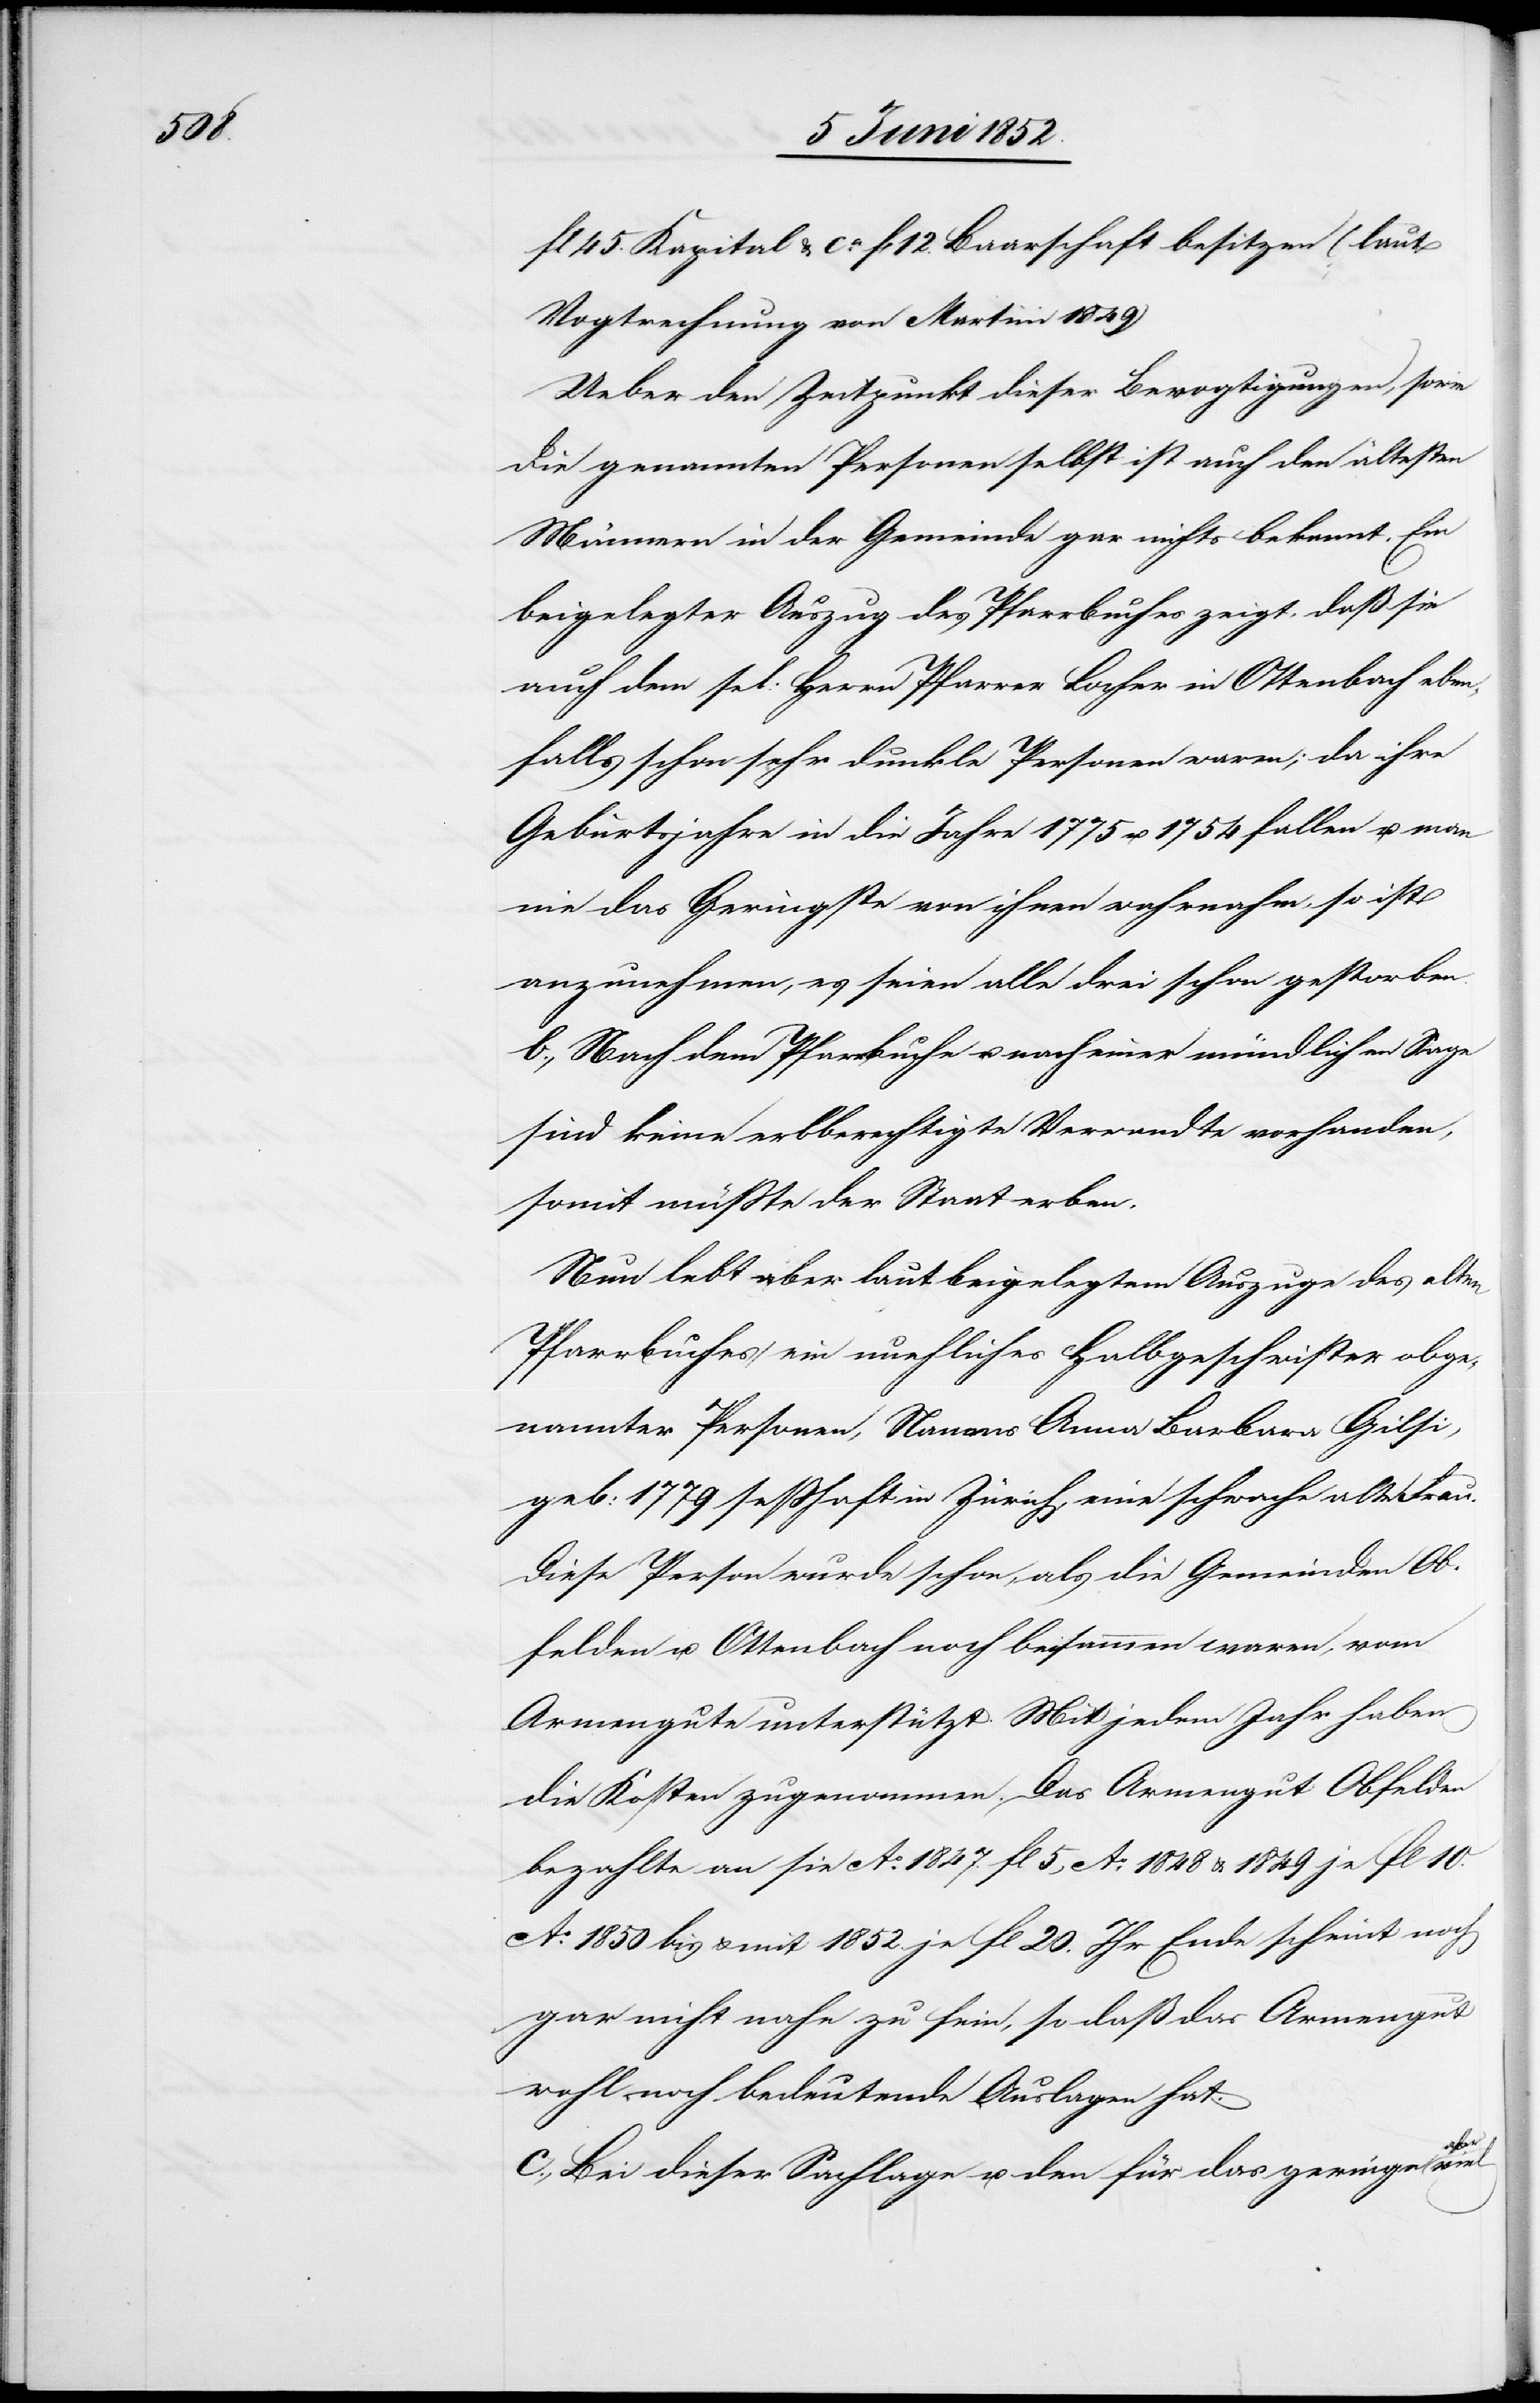
fl 45. Kapital & ca. fl 12. Baarschaft besitzen (laut
Vogtrechnung von Martini 1849)
Ueber den Zeitpunkt dieser Bevogtigungen, sowie
die genannten Personen selbst ist auch den ältesten
Männern in der Gemeinde gar nichts bekannt. Ein
beigelegter Auszug des Pfarrbuches zeigt, daß sie
auch dem sel: Herrn Pfarrer Locher in Ottenbach eben¬
falls schon sehr dunkle Personen waren; da ihre
Geburtsjahre in die Jahre 1775 u. 1754 fallen u. man
nie das Geringste von ihnen wahrnahm, so ist
anzunehmen, es seien alle drei schon gestorben.
b., Nach dem Pfarrbuche u. nach einer mündlichen Sage
sind keine erbberechtigte Verwandte vorhanden,
somit müsste der Staat erben.
Nun lebt aber laut beigelegtem Auszuge des alten
Pfarrbuches ein unehliches Halbgeschwister obge¬
nannter Personen, Namens Anna Barbara Gilsi,
geb: 1779 sesshaft in Zürich, eine schwache alte Frau.
Diese Person wurde schon, als die Gemeinden Ob¬
felden u. Ottenbach noch beisammen waren, vom
Armengute unterstützt. Mit jedem Jahr haben
die Kosten zugenommen. Das Armengut Obfelden
bezahlte an sie Ao. 1847. fl 5, Ao. 1848 & 1849 je fl 10.[,]
Ao. 1850 bis & mit 1852 je fl 20. Ihr Ende scheint noch
gar nicht nahe zu sein, so daß das Armengut
wohl noch bedeutende Auslagen hat.
c., Bei dieser Sachlage u. den für das geringe aber